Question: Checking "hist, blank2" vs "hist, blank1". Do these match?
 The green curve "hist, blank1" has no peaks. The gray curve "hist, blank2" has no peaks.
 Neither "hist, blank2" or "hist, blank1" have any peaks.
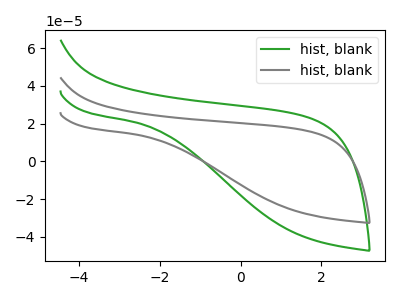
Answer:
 <answer>"hist, blank2" and "hist, blank1" are similar in shape.</answer>
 <eval>same_shape</eval>